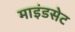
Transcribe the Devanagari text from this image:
माइंडसेट